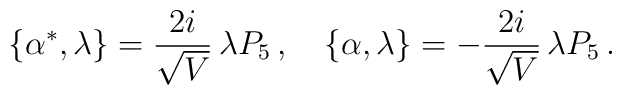
\{\alpha^{*},\lambda\}=\frac{2i}{\sqrt{V}}\,\lambda P_{5}\,,\quad \{\alpha,\lambda\}=-\frac{2i}{\sqrt{V}}\,\lambda P_{5}\,.